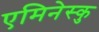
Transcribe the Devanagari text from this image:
एमिनेस्कु